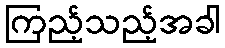
ကြည့်သည့်အခါ